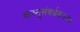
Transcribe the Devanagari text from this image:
वास्तुसंवर्धकतज्ज्ञ